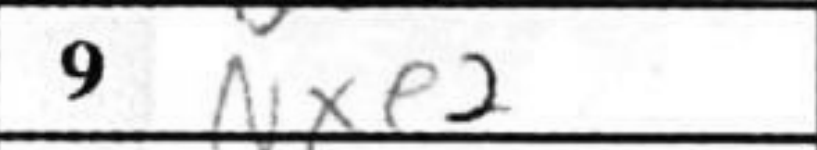
Transcription: Nxe2